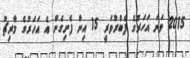
2015 ވަނަ އަހަރުގެ ފެބްރުވަރީ 15 އިން ފެށިގެން އެ އަހަރުގެ މާރިޗު